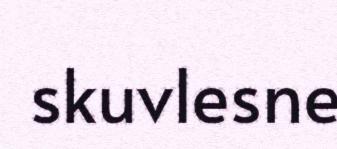
skuvlesne